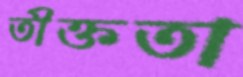
তীক্ততা